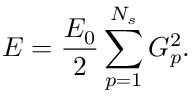
E = \frac { E _ { 0 } } { 2 } \sum _ { p = 1 } ^ { N _ { s } } { G _ { p } ^ { 2 } } .